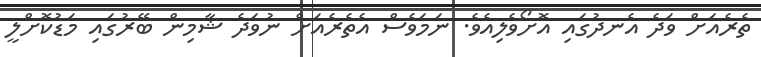
ތެރެއަށް ވަދެ އެނދުގައި އޮށޯވެލިއެވެ. ނަމަވެސް އެތެރެއަށް ނުވަދެ ޝާމިން ބޭރުގައި މަޑުކޮށްލީ